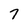
Character: 7